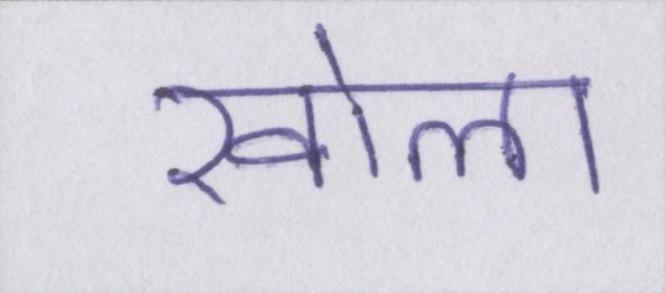
खोला